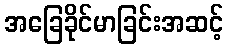
အခြေခိုင်မာခြင်းအဆင့်